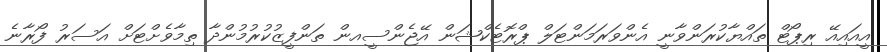
އީއައިއޭ ރިޕޯޓް ތައްޔާކުރަންވާނީ އެންވަރަމަންޓަލް ޕްރޮޓެކްޝަން އޭޖެންސީއން ތަންފީޒުކުރުމުންދާ ތިމާވެށްޓަށް އަސަރު ފޯރާނެ